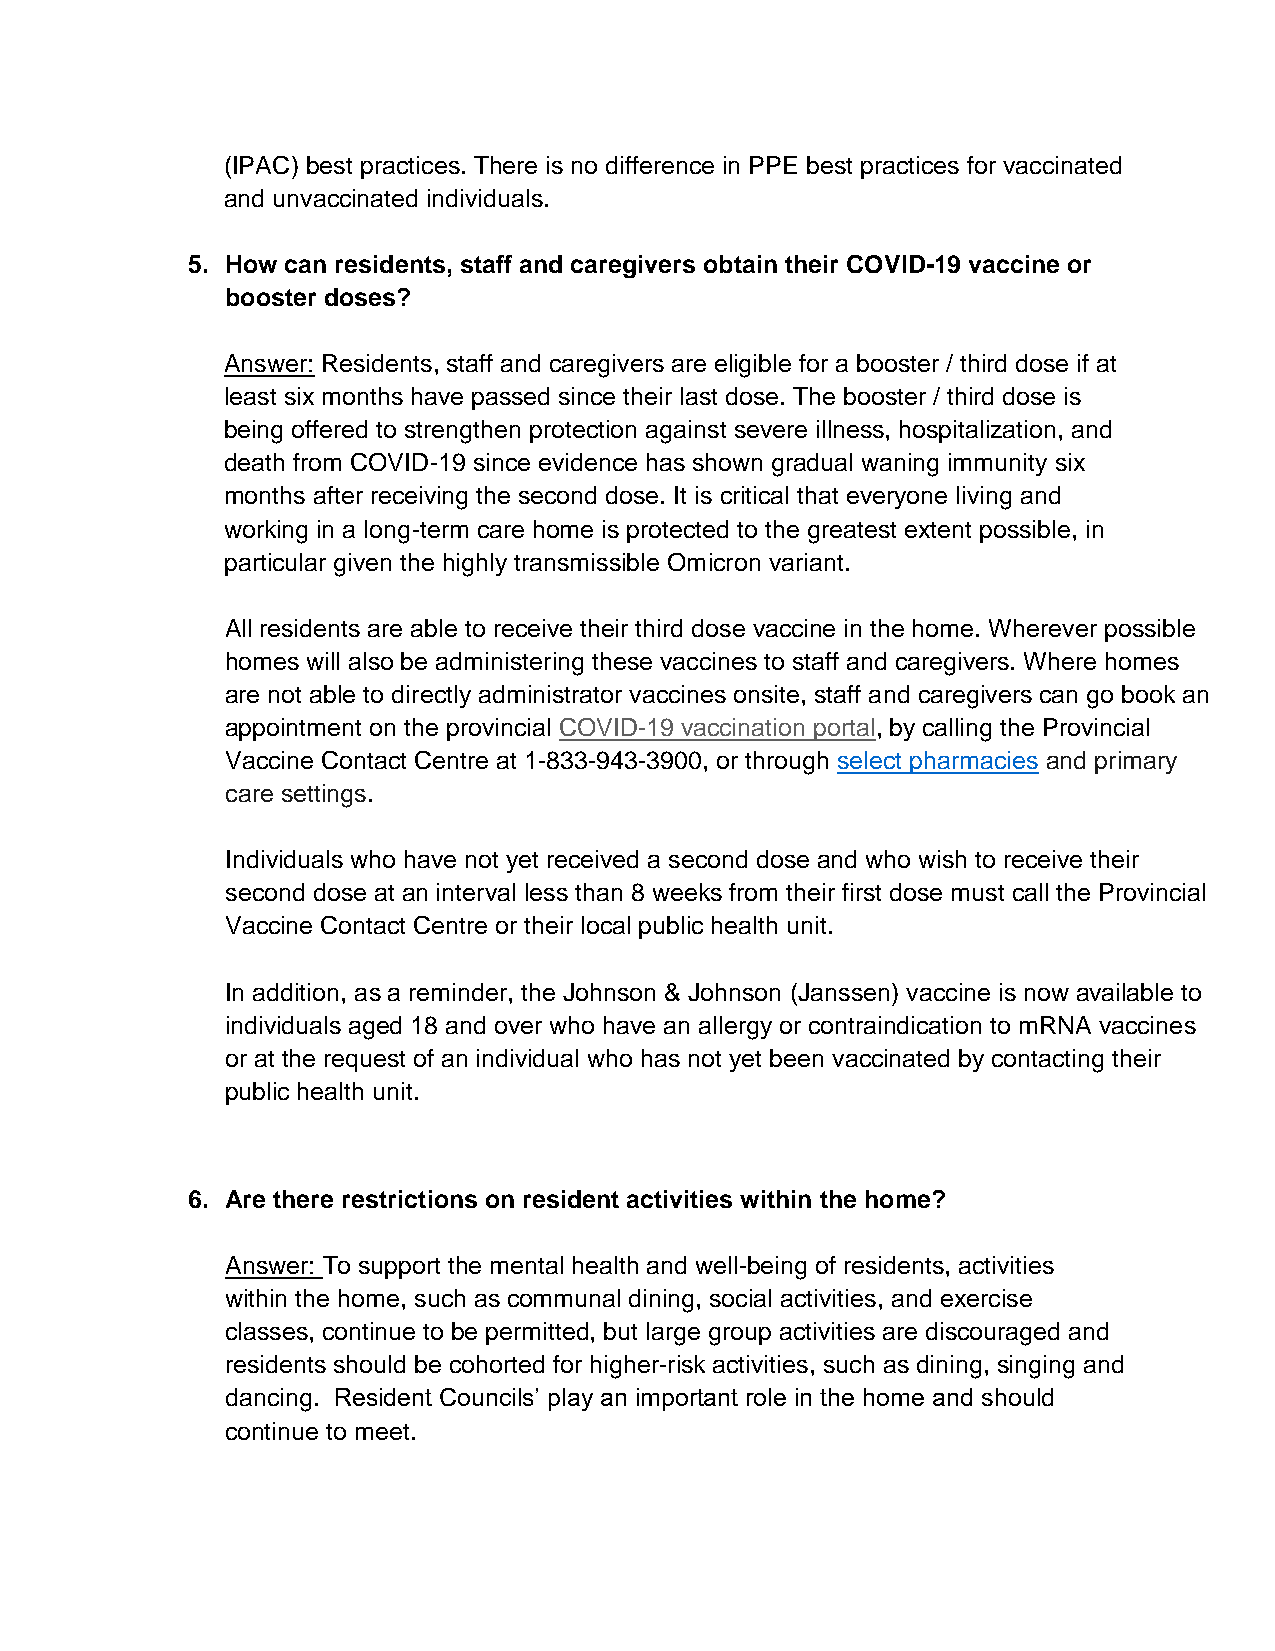
(IPAC) best practices. There is no difference in PPE best practices for vaccinated
 and unvaccinated individuals.
 5. How can residents, staff and caregivers obtain their COVID-19 vaccine or
 booster doses?
 Answer: Residents, staff and caregivers are eligible for a booster / third dose if at
 least six months have passed since their last dose. The booster / third dose is
 being offered to strengthen protection against severe illness, hospitalization, and
 death from COVID-19 since evidence has shown gradual waning immunity six
 months after receiving the second dose. It is critical that everyone living and
 working in a long-term care home is protected to the greatest extent possible, in
 particular given the highly transmissible Omicron variant.
 All residents are able to receive their third dose vaccine in the home. Wherever possible
 homes will also be administering these vaccines to staff and caregivers. Where homes
 are not able to directly administrator vaccines onsite, staff and caregivers can go book an
 appointment on the provincial COVID-19 vaccination portal, by calling the Provincial
 Vaccine Contact Centre at 1-833-943-3900, or through select pharmacies and primary
 care settings.
 Individuals who have not yet received a second dose and who wish to receive their
 second dose at an interval less than 8 weeks from their first dose must call the Provincial
 Vaccine Contact Centre or their local public health unit.
 In addition, as a reminder, the Johnson & Johnson (Janssen) vaccine is now available to
 individuals aged 18 and over who have an allergy or contraindication to mRNA vaccines
 or at the request of an individual who has not yet been vaccinated by contacting their
 public health unit.
 6. Are there restrictions on resident activities within the home?
 Answer: To support the mental health and well-being of residents, activities
 within the home, such as communal dining, social activities, and exercise
 classes, continue to be permitted, but large group activities are discouraged and
 residents should be cohorted for higher-risk activities, such as dining, singing and
 dancing. Resident Councils’ play an important role in the home and should
 continue to meet.